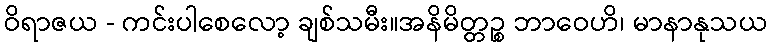
ဝိရာဇယ - ကင်းပါစေလော့ ချစ်သမီး။အနိမိတ္တဉ္စ ဘာဝေဟိ၊ မာနာနုသယ